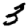
Digit: 3